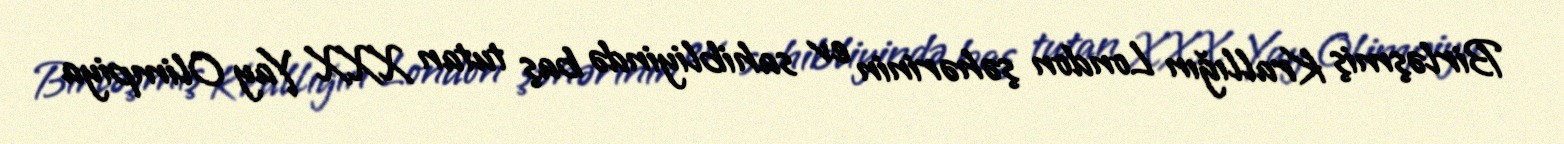
Birləşmiş Krallığın London şəhərinin ev sahibliyində baş tutan XXX Yay Olimpiya